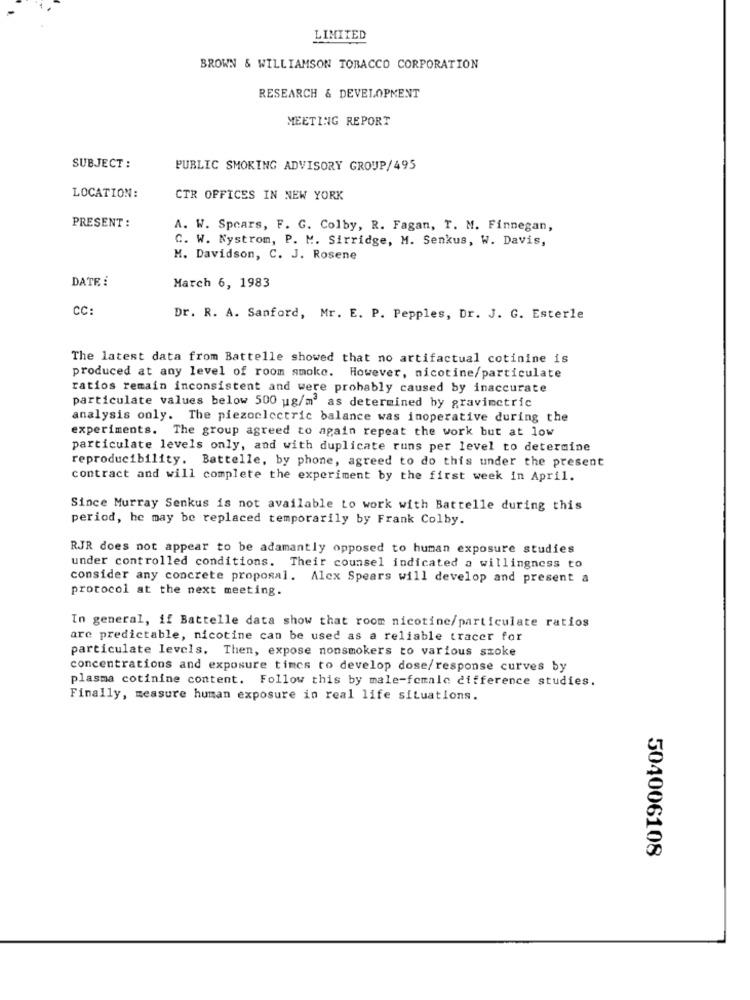
LIMITED
BROWN & WILLIAMSON TOBACCO CORPORATION
RESEARCH & DEVELOPMENT
MEETING REPORT
SUBJECT :
PUBLIC SMOKING ADVISORY GROUP/495
LOCATION:
CTR OFFICES IN NEW YORK
PRESENT:
A. W. Spears, F. G. Colby, R. Fagan, T. M. Finnegan,
C. W. Nystrom, P. M. Sirridge, M. Senkus, W. Davis,
M. Davidson, C. J. Rosene
DATE :
March 6, 1983
CC:
Dr. R. A. Sanford, Mr. E. P. Pepples, Dr. J. G. Esterle
The latest data from Battelle showed that no artifactual cotinine is
produced at any level of room smoke. However, nicotine/particulate
ratios remain inconsistent and were probably caused by inaccurate
particulate values below 500 ug/m3 as determined by gravimetric
analysis only. The piezoelectric balance was inoperative during the
experiments. The group agreed to again repeat the work but at low
particulate levels only, and with duplicate runs per level to determine
reproducibility. Battelle, by phone, agreed to do this under the present
contract and will complete the experiment by the first week in April.
Since Murray Senkus is not available to work with Battelle during this
period, he may be replaced temporarily by Frank Colby.
RJR does not appear to be adamantly opposed to human exposure studies
under controlled conditions. Their counsel indicated a willingness to
consider any concrete proposal. Alex Spears will develop and present a
protocol at the next meeting.
In general, if Battelle data show that room nicotine/particulate ratios
are predictable, nicotine can be used as a reliable tracer for
particulate levels. Then, expose nonsmokers to various szoke
concentrations and exposure timcs to develop dose/response curves by
plasma cotinine content. Follow this by male-female difference studies.
Finally, measure human exposure in real life situations.
504006108